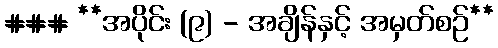
### **အပိုင်း (၉) - အချိန်နှင့် အမှတ်စဉ်**